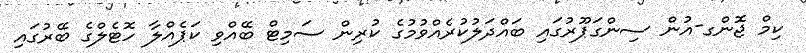
ކިމް ޖޮންގ-އުން ސިންގަޕޫރުގައި ބައްދަލުކުރެއްވުމުގެ ކުރިން ސަމިޓް ބޭއްވި ކަޕެއްލާ ހޮޓެލްގެ ބޭރުގައި